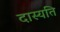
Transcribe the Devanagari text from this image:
दास्यति